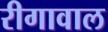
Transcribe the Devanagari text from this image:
रीगावाल